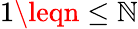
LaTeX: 1\leqn\leq\mathbb{N}